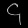
Digit: ၄